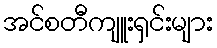
အင်စတီကျူးရှင်းများ